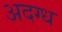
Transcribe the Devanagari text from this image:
अदग्ध